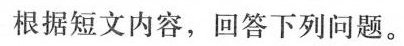
根据短文内容,回答下列问题.